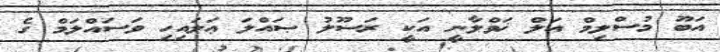
އަބޫ މުސްލިމް އަލް ޚަވްލާނީ އަކީ ރަސޫލު ޞައްލަ ޢަލައިހި ވަސައްލަމް ގެ